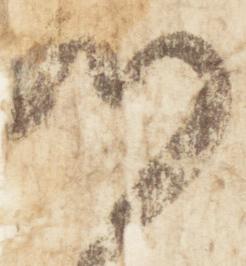
門